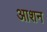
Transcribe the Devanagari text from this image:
आशन